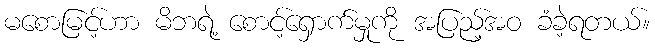
မစောမြင့်ဟာ မိဘရဲ့ စောင့်ရှောက်မှုကို အပြည့်အဝ ခံခဲ့ရတယ်။